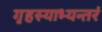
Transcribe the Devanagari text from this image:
गृहस्याभ्यन्तरं